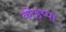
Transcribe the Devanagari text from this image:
कोड़प्पा